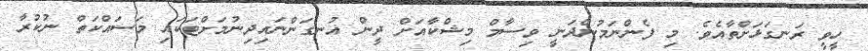
ހީވީ ރަނގަޅަށްތާއެވެ. މި ފެންނަމުންދަނީ ވިސާމް މިޝްކާއަށް ދީން އުނގަންނައިދިނުމަށްޓަކައި މަސައްކަތް ނުކުރާ